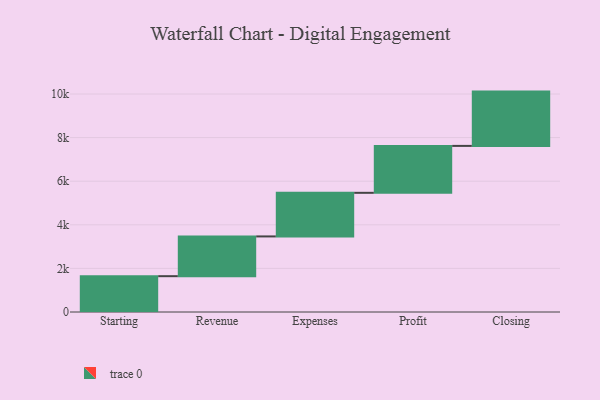
{"axis": {"x": "Step", "y": "Value"}, "legend": [""], "data": [{"x": "Starting", "y": 1643.0, "type": ""}, {"x": "Revenue", "y": 1824.0, "type": ""}, {"x": "Expenses", "y": 2000.0, "type": ""}, {"x": "Profit", "y": 2152.0, "type": ""}, {"x": "Closing", "y": 2491.0, "type": ""}]}